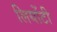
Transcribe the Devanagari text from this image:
लियोंटी